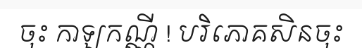
ចុះ កាឡកណ្ណី ! បរិភោគសិនចុះ